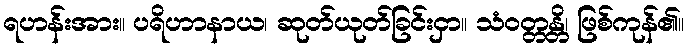
ရဟန်းအား။ ပရိဟာနာယ၊ ဆုတ်ယုတ်ခြင်းငှာ။ သံဝတ္တန္တိ၊ ဖြစ်ကုန်၏။